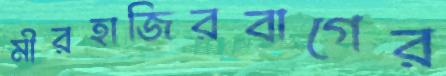
মীরহাজিরবাগের